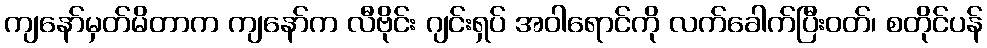
ကျနော်မှတ်မိတာက ကျနော်က လီဗိုင်း ဂျင်းရှပ် အဝါရောင်ကို လက်ခေါက်ပြီးဝတ်၊ စတိုင်ပန်